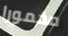
مخمورا